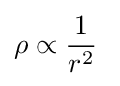
\rho \propto {\frac {1}{r^{2}}}~